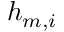
h _ { m , i }